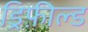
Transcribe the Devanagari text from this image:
ड्रिफ़ील्ड